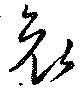
哀